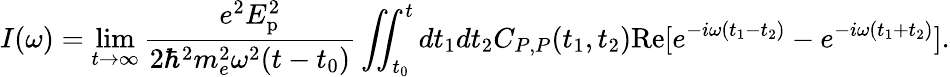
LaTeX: I(\omega)=\operatorname*{lim}_{t\rightarrow\infty}\frac{e^{2}E_{\textrm{p}}^{2}}{2\hbar^{2}m_{e}^{2}\omega^{2}(t-t_{0})}\iint_{t_{0}}^{t}dt_{1}dt_{2}C_{P,P}(t_{1},t_{2})\textrm{Re}[e^{-i\omega(t_{1}-t_{2})}-e^{-i\omega(t_{1}+t_{2})}].